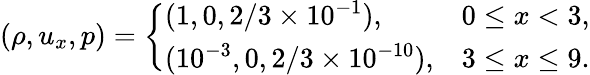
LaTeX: (\rho,u_{x},p)=\left\{ \begin{array}{ll}{(1,0,2/3\times 10^{-1}),}&{0\leq x<3,}\\ {(10^{-3},0,2/3\times 10^{-10}),}&{3\leq x\leq 9.}\end{array}\right.